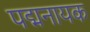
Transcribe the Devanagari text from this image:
पद्मनायक